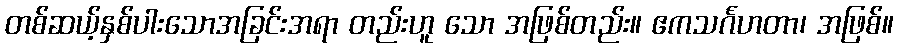
တစ်ဆယ့်နှစ်ပါးသောအခြင်းအရာ တည်းဟူ သော အဖြစ်တည်း။ ဧကသင်္ဂဟတာ၊ အဖြစ်။